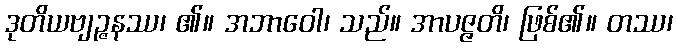
ဒုတိယဗျဉ္ဇနဿ၊ ၏။ အဘာဝေါ၊ သည်။ အာပဇ္ဇတိ၊ ဖြစ်၏။ တဿ၊